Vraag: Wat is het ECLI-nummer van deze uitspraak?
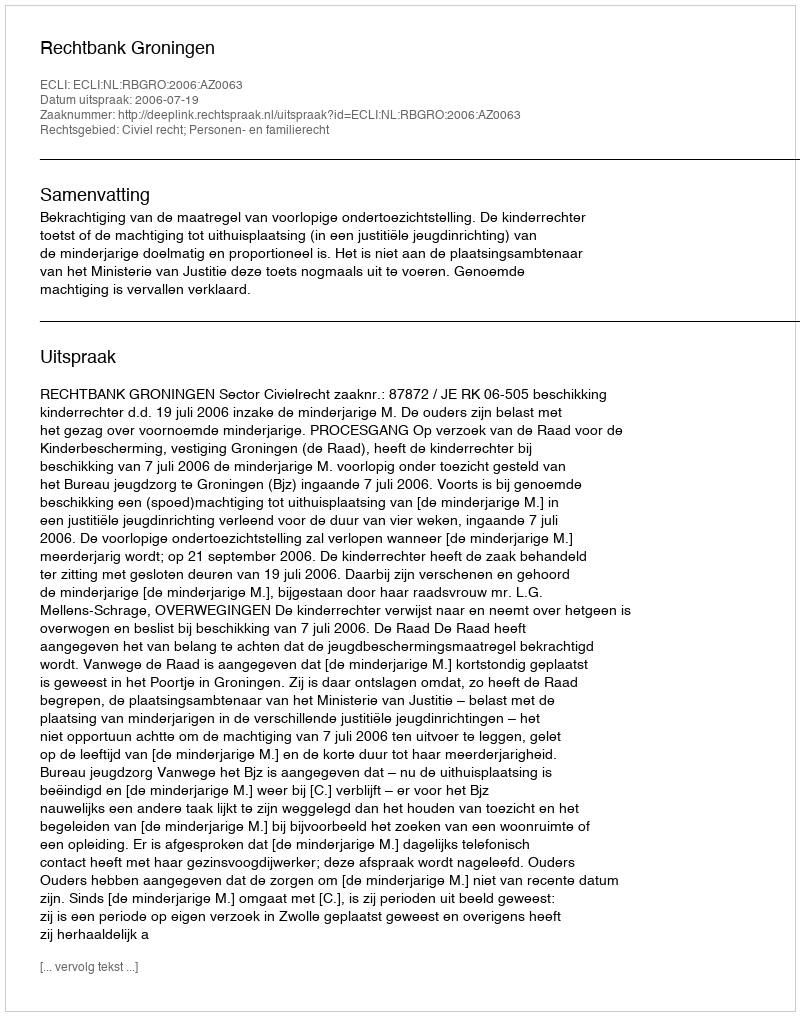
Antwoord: ECLI:NL:RBGRO:2006:AZ0063